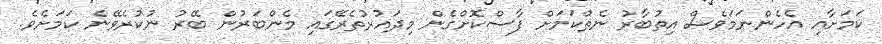
ކަމަށާއި އެހެންނަމަވެސް އިތުބާރު ނެތްކަމަށް ފާސްކޮށްގެން މިދައުރުތެރޭގައި މެންބަރުން ބޭރު ނުކުރެވޭނެ ކަމަށެވެ.